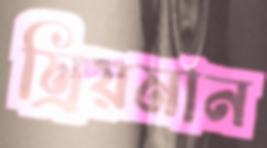
ম্রিয়মান